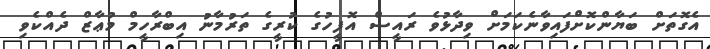
އެގޮތަށް ބަޔާންކޮށްފައިވާނެކަމަށް ވިދާޅުވެ ރައީސް އޮފީހުގެ ކުރީގެ ތަރުމާނު އިބްރާހީމް މުޢާޒް ދެއްކެވި